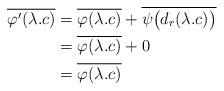
LaTeX: \begin{align*} \overline{\varphi^{\prime}(\lambda.c)}& = \overline{\varphi(\lambda.c)} + \overline{\psi\big(d_{r}(\lambda.c)\big)} \\ & = \overline{\varphi(\lambda.c)} + 0 \\ & = \overline{\varphi(\lambda.c)} \end{align*}